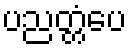
ပညတ္တံပေ